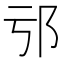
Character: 𨙱